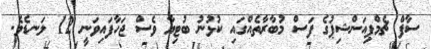
ސާފް ޗެމްޕިއަންޝިޕުގެ ފަސް މުބާރާތެއްގައި ކުޅުނު ބުޓިޔާ ވެސް ޖަހާފައިވަނީ 12 ލަނޑެވެ.